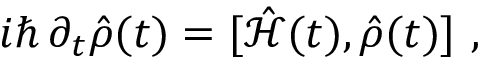
i \hslash \, \partial _ { t } \hat { \rho } ( t ) = [ \hat { \mathcal { H } } ( t ) , \hat { \rho } ( t ) ] \mathrm { ~ , ~ }